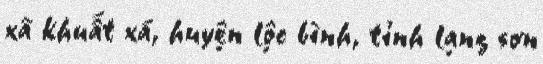
xã khuất xá, huyện lộc bình, tỉnh lạng sơn